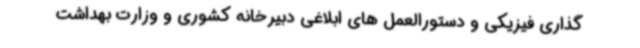
گذاری فیزیکی و دستورالعمل های ابلاغی دبیرخانه کشوری و وزارت بهداشت